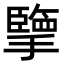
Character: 擥